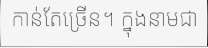
កាន់តែច្រើន។ ក្នុងនាមជា